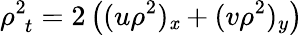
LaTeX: \rho_{\, \, t}^{2}=2\left((u\rho^{2})_{\mathit{x}}+(v\rho^{2})_{y}\right)